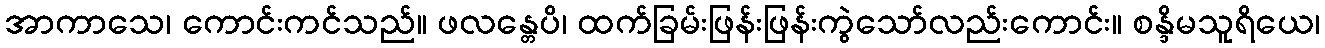
အာကာသေ၊ ကောင်းကင်သည်။ ဖလန္တေပိ၊ ထက်ခြမ်းဖြန်းဖြန်းကွဲသော်လည်းကောင်း။ စန္ဒိမသူရိယေ၊